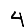
Digit: 4